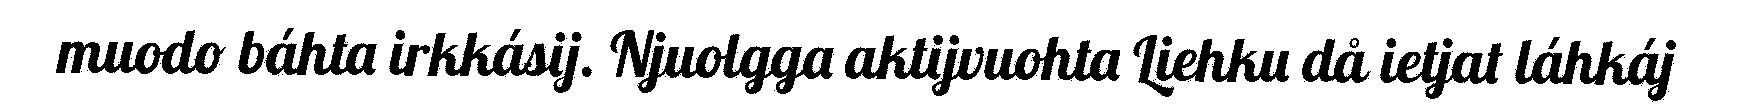
muodo báhta irkkásij. Njuolgga aktijvuohta Liehku då ietjat láhkáj